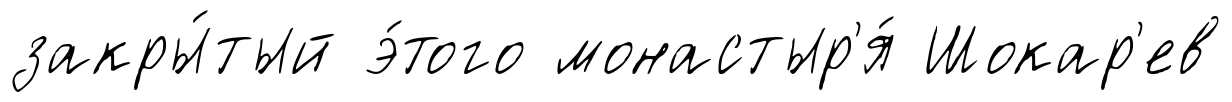
закры́тый э́того монастыр'я́ Шокар'ев